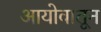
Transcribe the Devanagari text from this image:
आयोवातून